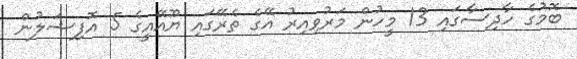
ބޮމުގެ ހާދިސާގައި 13 މީހުން މަރުވިއިރު އޭގެ ތެރޭގައި ޔޫއޭއީގެ 5 އޮފިޝަލުން